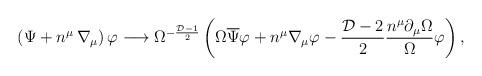
LaTeX: \begin{align*}\left( \Psi + n^{\mu} \, \nabla_{\mu} \right) \varphi\longrightarrow \Omega^{-{\frac{{\cal D}-1 }{2}}} \left( \Omega\overline{\Psi} \varphi +n^{\mu} \nabla_{\mu} \varphi-{\frac{{\cal D}-2 }{2}} {\frac{ n^{\mu}\partial_{\mu} \Omega }{\Omega }} \varphi \right) , \end{align*}